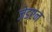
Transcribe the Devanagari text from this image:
ज़ेडएन